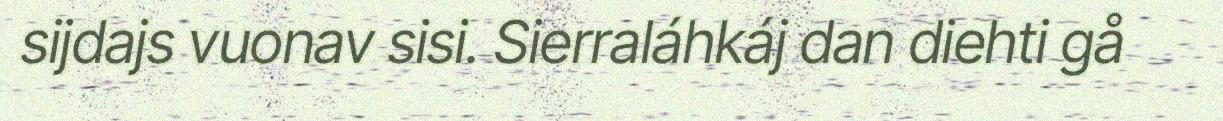
sijdajs vuonav sisi. Sierraláhkáj dan diehti gå